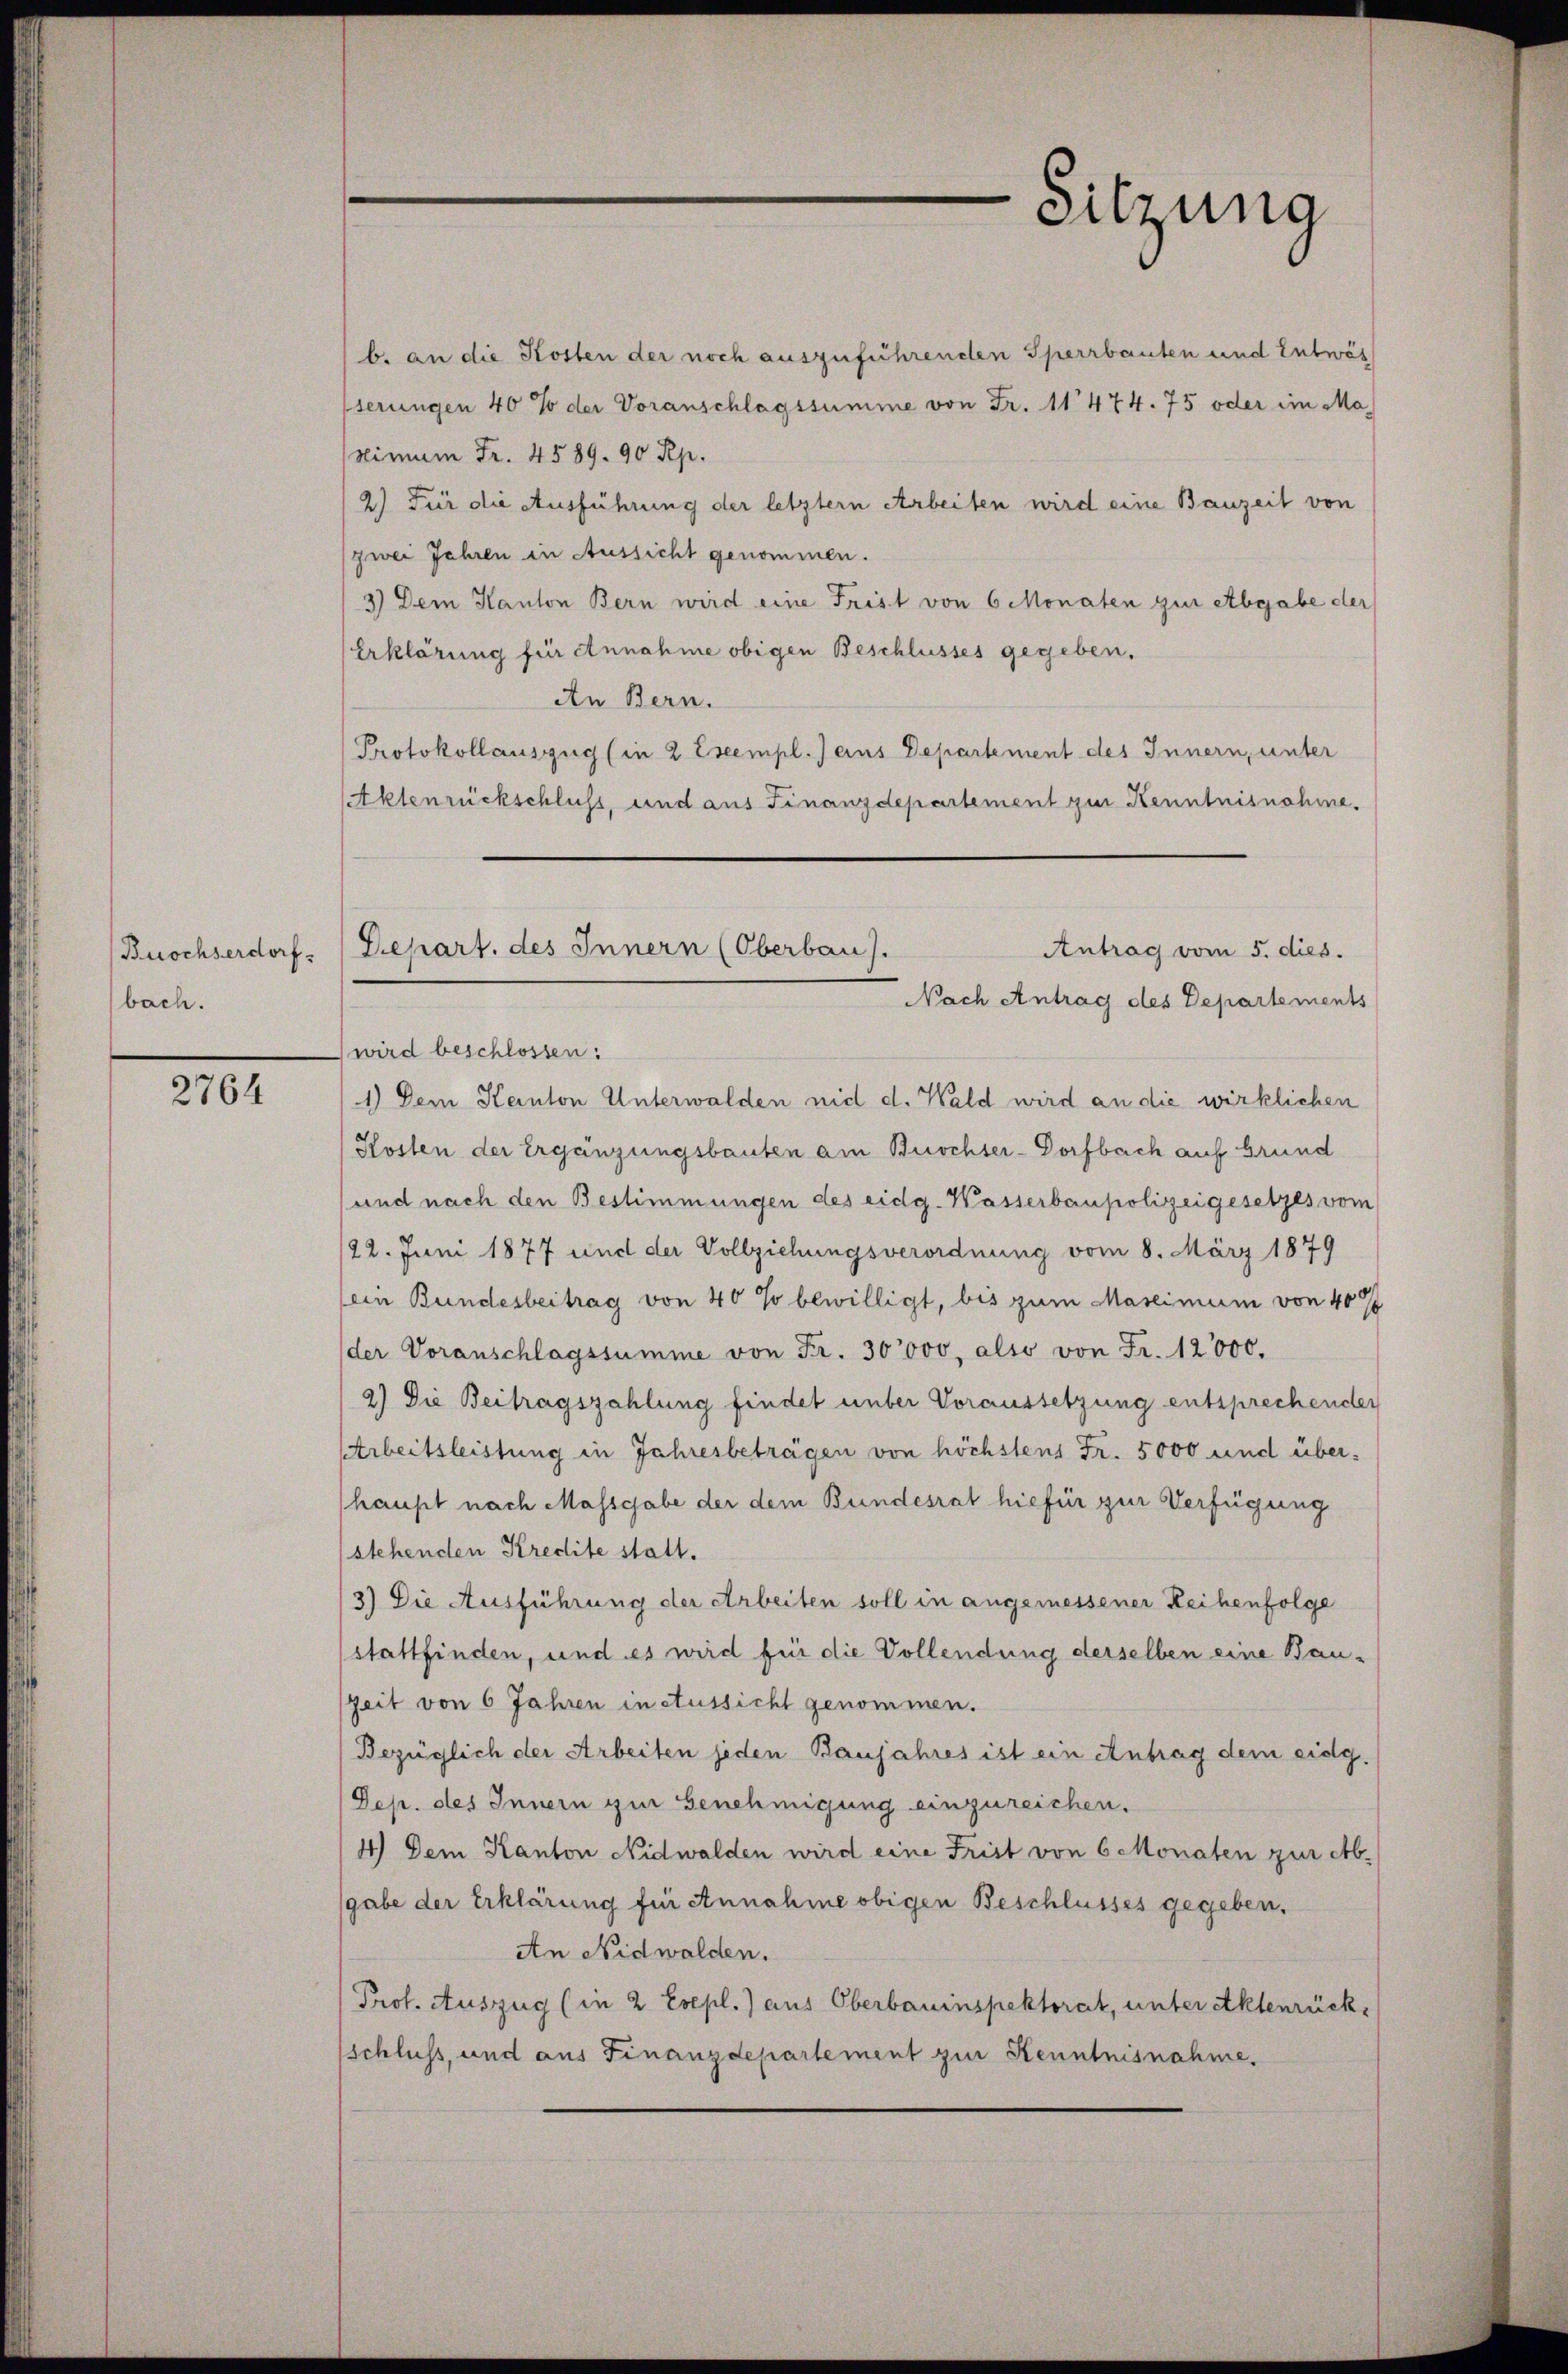
Buochserdorf.
bach.

2764

b. an die Kosten der noch auszuführenden Sperrbauten und Entwäs
serungen 40% der Voranschlagssumme von Fr. 11474. 75 oder im Manimum Fr. 4589. 90 Rp.
2) Für die Ausführung der letzter Arbeiten wird eine Bauzeit von
zwei Jahren in Aussicht genommen.
3) Dem Kanton Bern wird eine Frist von 6 Monaten zur Abgabe der
Erklärung für Annahme obigen Beschlusses gegeben.
An Bern.
Protokollauszug (in 2 Exempl.) eins Departement des Innern, unter
Aktenrückschluss, und aus Finanzdepartement zur Kenntnisnahme.

Sitzung

Antrag vom 5. dies.
Depart. des Innern (Oberbau).
Nach Antrag des Departements

wird beschlossen:
1.) Dem Kanton Unterwalden nid d. Wald wird an die wirklichen
Kosten der Ergänzungsbauten am Buochser-Dorfbach auf Grund
und nach den Bestimmungen des eidg. Wasserbaupolizeigesetzes vom
22. Juni 1877 und der Vollziehungsverordnung vom 8. März 1879
(ein Bundesbeitrag von 40 so bewilligt, bis zum Marcimum von 40%
der Voranschlagssumme von Fr. 30000, also von Fr. 12000.
2) Die Beitragszahlung findet unter Voraussetzung entsprechender
Arbeitsleistung in Jahresbeträgen von höchstens Fr. 5000 und über-
haupt nach Massgabe der dem Bundesrat hiefür zur Verfügung
stehenden Kredite statt.
3) Die Ausführung der Arbeiten soll in angemessener Reihenfolge
stattfinden, und es wird für die Vollendung derselben eine Bau-
Zeit von 6 Jahren in Aussicht genommen.
Bezüglich der Arbeiten jeden Banjahres ist ein Antrag dem eidg.
Dep. des Innern zur Genehmigung einzureichen.
4) Dem Kanton Nidwalden wird eine Frist von 6 Monaten zur Ab-
gabe der Erklärung für Annahme obigen Beschlusses gegeben.
An Nidwalden.
Prof. Auszug (in 2 Esepl.) aus Oberbauinspektorat, unter Aktenrückschluss, und aus Finanzdepartement zur Kenntnisnahme.